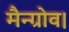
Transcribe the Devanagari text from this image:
मैन्ग्रोव।